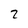
Character: 2